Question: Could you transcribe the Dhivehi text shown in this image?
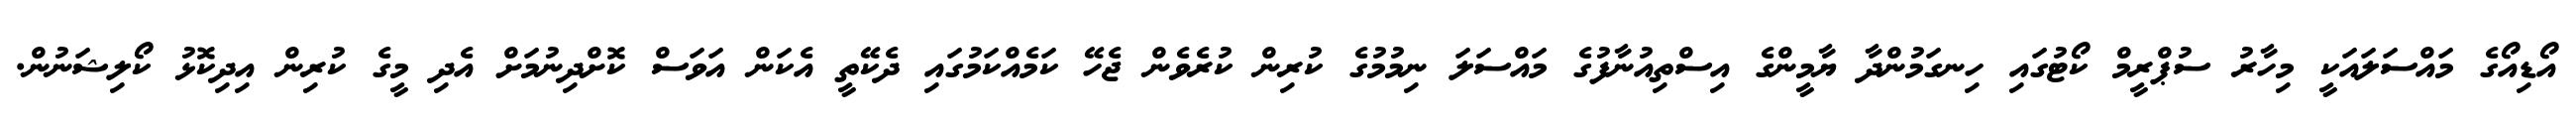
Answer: އޯޑިއޯގެ މައްސަލައަކީ މިހާރު ސުޕްރީމް ކޯޓުގައި ހިނގަމުންދާ ޔާމީންގެ އިސްތިއުނާފުގެ މައްސަލަ ނިމުމުގެ ކުރިން ކުރެވެން ޖެހޭ ކަމެއްކަމުގައި ދެކޭތީ އެކަން އަވަސް ކޮށްދިނުމަށް އެދި މީގެ ކުރިން އިދިކޮޅު ކޯލިޝަނުން.